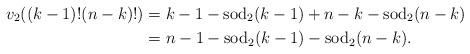
LaTeX: \begin{align*}v_2((k-1)!(n-k)!) &= k-1-\operatorname{sod}_2(k-1) + n-k - \operatorname{sod}_2(n-k) \\&= n-1-\operatorname{sod}_2(k-1)-\operatorname{sod}_2(n-k).\end{align*}